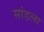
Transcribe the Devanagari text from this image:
सांडला